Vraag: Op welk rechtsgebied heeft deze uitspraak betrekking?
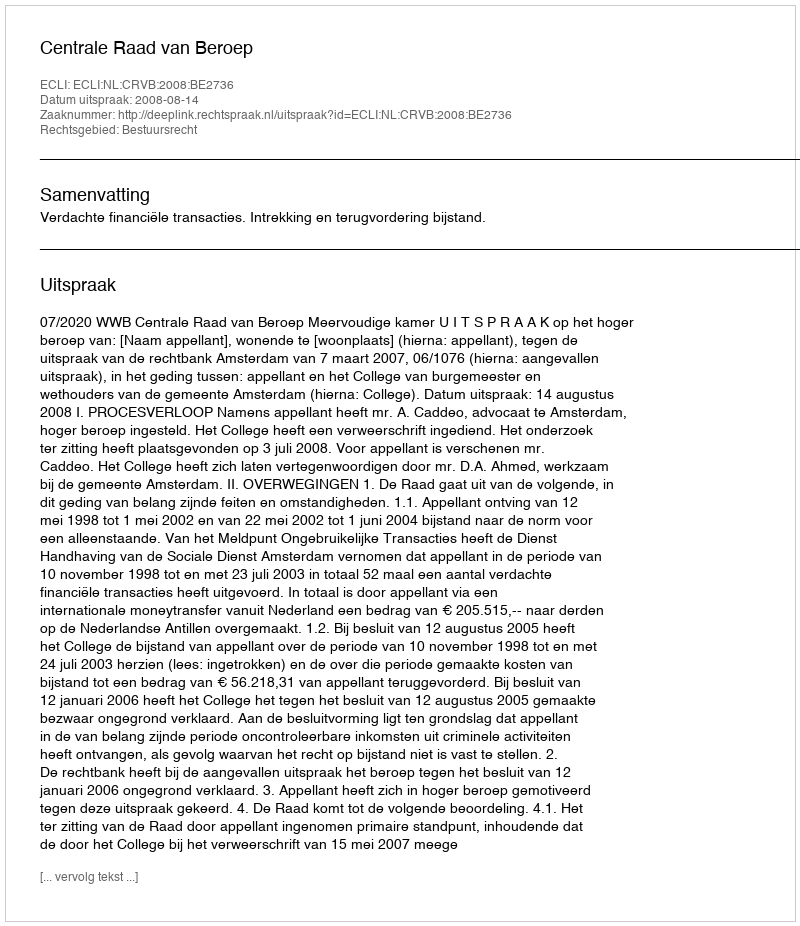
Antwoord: Bestuursrecht